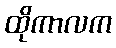
ထိုကာလက